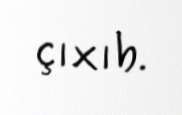
çıxıb.